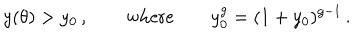
LaTeX: y ( \theta ) > y _ { 0 } \, , \qquad \mathrm { w h e r e } \qquad y _ { 0 } ^ { g } = ( 1 + y _ { 0 } ) ^ { g - 1 } \, .